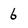
Character: 6